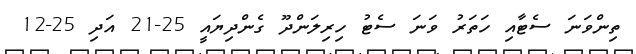
ތިންވަނަ ސެޓާއި ހަތަރު ވަނަ ސެޓު ހިރިލަންދޫ ގެންދިޔައީ 25-21 އަދި 25-12